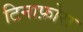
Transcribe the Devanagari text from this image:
टिनाफ़ोरा